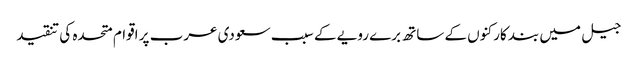
جیل میں بند کارکنوں کے ساتھ برے رویے کے سبب سعودی عرب پر اقوام متحدہ کی تنقید